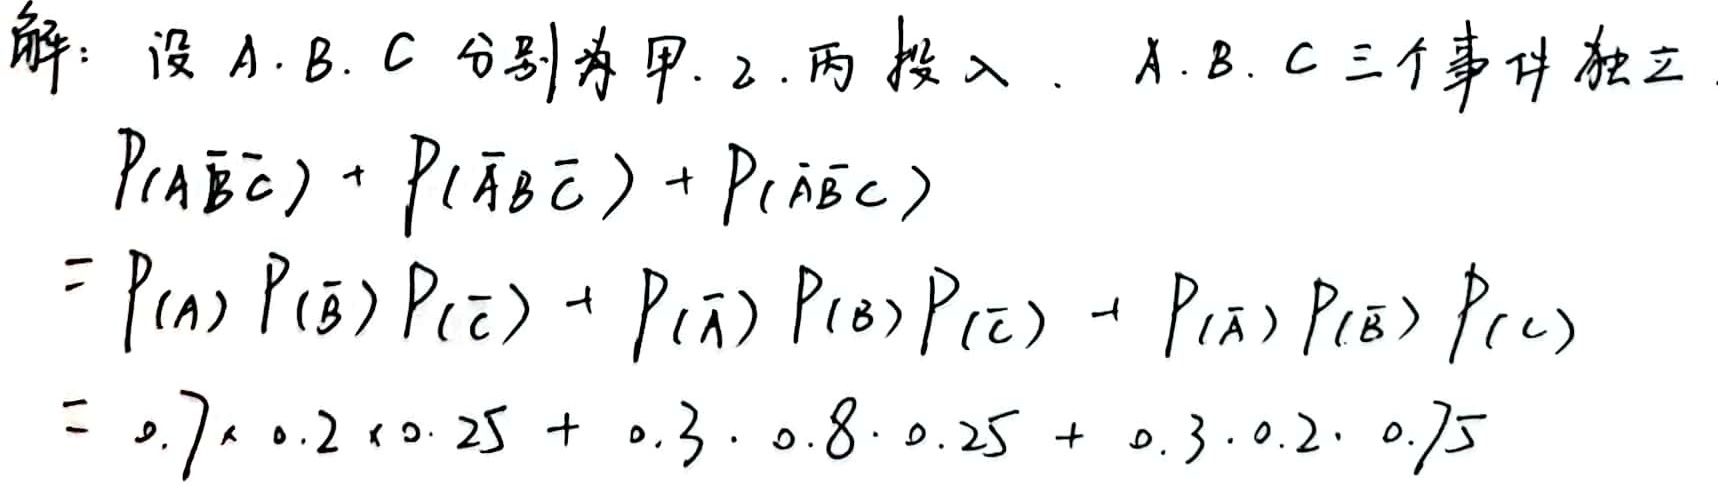
解：设 \(A, B, C\) 分别为甲, 乙, 丙投入，\(A, B, C\) 三个事件独立.
\[
\begin{align*}
&P(A\overline{B}\overline{C}) + P(\overline{A}B\overline{C}) + P(\overline{A}\overline{B}C)\\
=&P(A)P(\overline{B})P(\overline{C}) + P(\overline{A})P(B)P(\overline{C}) + P(\overline{A})P(\overline{B})P(C)\\
=&0.7\times0.2\times0.25 + 0.3\times0.8\times0.25 + 0.3\times0.2\times0.75
\end{align*}
\]